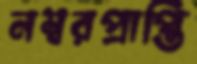
নম্বরপ্রাপ্তি